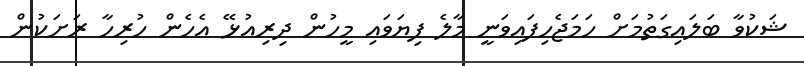
ޝަކުވާ ބަލައިގަތުމަށް ހަމަޖެހިފައިވަނީ މާލެ ފިޔަވައި މީހުން ދިރިއުޅޭ އެހެން ހުރިހާ ރަށަކުން